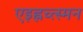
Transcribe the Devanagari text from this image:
एइह्नच्त्स्मन